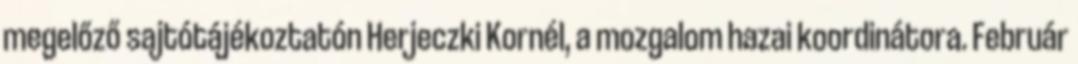
megelőző sajtótájékoztatón Herjeczki Kornél, a mozgalom hazai koordinátora. Február